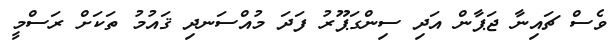
ވެސް ޗައިނާ ޖަޕާން އަދި ސިންގަޕޫރު ފަދަ މުއްސަނދި ޤައުމު ތަކަށް ރަސްމީ